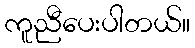
ကူညီပေးပါတယ်။